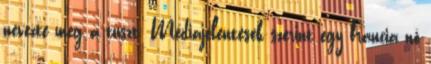
nevezte meg a túszt. Médiajelentések szerint egy francia nő